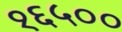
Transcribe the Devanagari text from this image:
१६५००